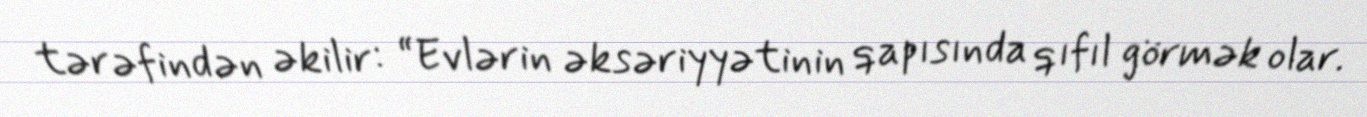
tərəfindən əkilir: “Evlərin əksəriyyətinin qapısında qıfıl görmək olar.